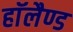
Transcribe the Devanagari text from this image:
हाॅलैण्ड